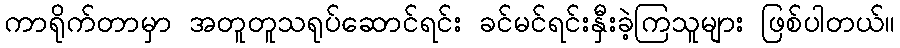
ကာရိုက်တာမှာ အတူတူသရုပ်ဆောင်ရင်း ခင်မင်ရင်းနှီးခဲ့ကြသူများ ဖြစ်ပါတယ်။